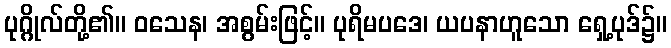
ပုဂ္ဂိုလ်တို့၏။ ဝသေန၊ အစွမ်းဖြင့်။ ပုရိမပဒေ၊ ယပနာဟူသော ရှေ့ပုဒ်၌။